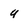
Character: 4